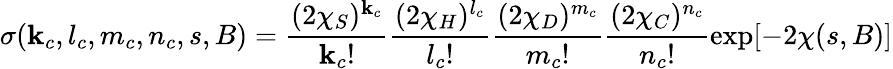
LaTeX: \sigma(\mathbf{k}_{c},l_{c},m_{c},n_{c},s,B)=\frac{{(2\chi_{S})^{\mathbf{k}_{c}}}}{{\mathbf{k}_{c}!}}\frac{{(2\chi_{H})^{l_{c}}}}{{l_{c}!}}\frac{{(2\chi_{D})^{m_{c}}}}{{m_{c}!}}\frac{{(2\chi_{C})^{n_{c}}}}{{n_{c}!}}\exp[-2\chi(s,B)]